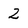
Character: 2